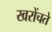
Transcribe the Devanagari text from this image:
खरोंचते